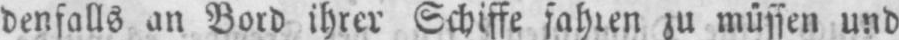
denfalls an Bord ihrer Schiffe fahren zu müssen und